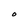
Character: O